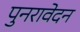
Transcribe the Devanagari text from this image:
पुनरावेदन